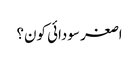
اصغر سودائی کون؟